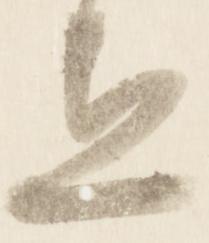
立